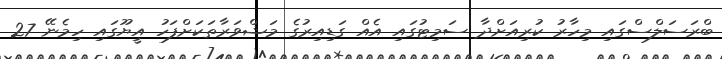
ބްރަސަލްސްގައި މިހާރު ކުރިއަށްދާ ސަމިޓުގައި އެއް ގަޑިއިރުގެ މަޝްވަރާތަކަށްފަހު އީޔޫގައި ހިމެނޭ 27